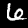
Digit: 6